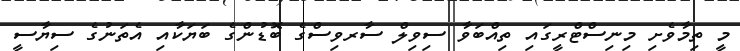
މީ ތިމާވެށި މިނިސްޓްރީގައި ތިއްބަވާ ސިވިލް ސާރވިސްގެ ބޮޑުންގެ ބަޔަކާއި އެތަނުގެ ސިޔާސީ